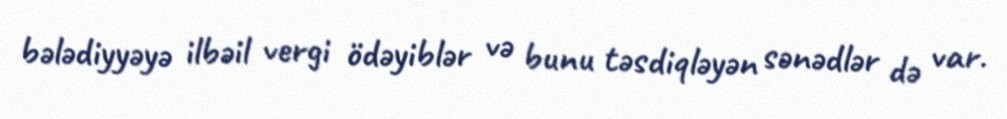
bələdiyyəyə ilbəil vergi ödəyiblər və bunu təsdiqləyən sənədlər də var.